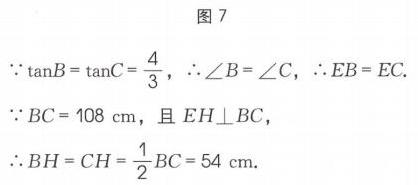
图7
\(\because\tan B=\tan C = \frac{4}{3}\)，\(\therefore\angle B=\angle C\)，\(\therefore EB = EC\).
\(\because BC = 108\mathrm{cm}\)，且\(EH\perp BC\)，
\(\therefore BH = CH=\frac{1}{2}BC = 54\mathrm{cm}\).